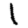
Digit: 1